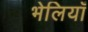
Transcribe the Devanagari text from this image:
भेलियाँ